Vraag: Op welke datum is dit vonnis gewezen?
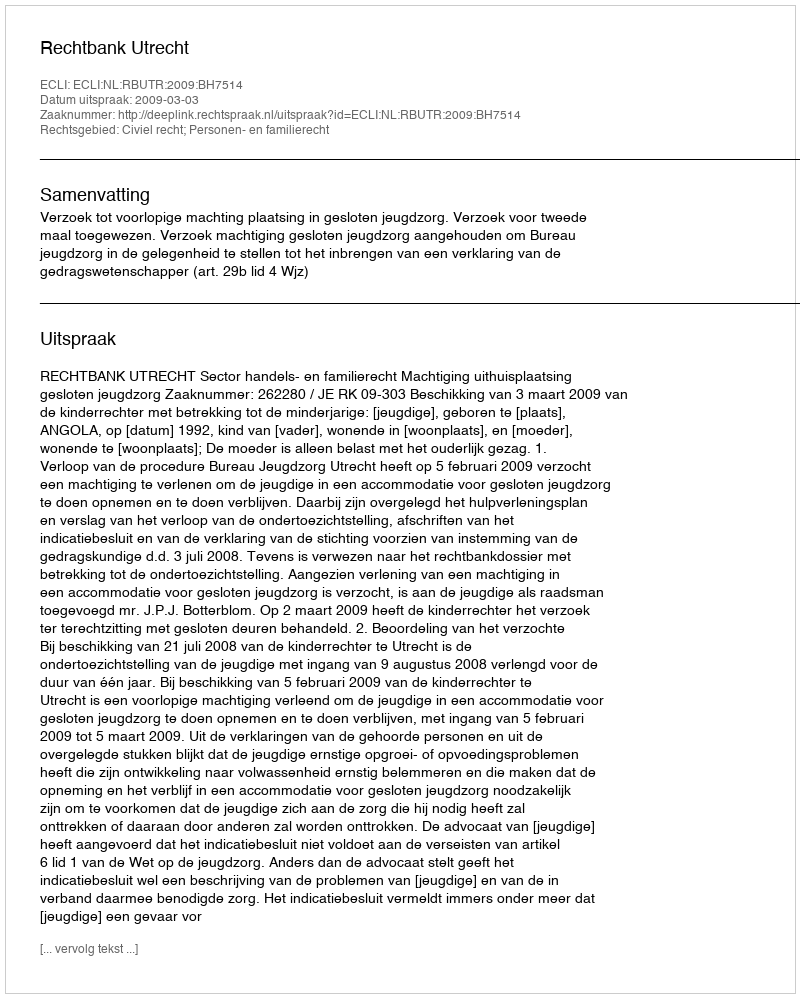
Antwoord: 2009-03-03